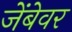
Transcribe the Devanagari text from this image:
जेंबेवर